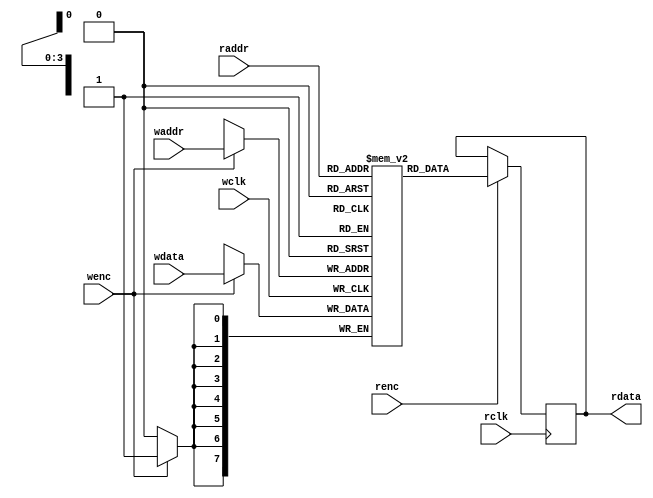
`timescale 1ns / 1ps

module dual_port_RAM #(
    parameter DEPTH = 16,
    parameter WIDTH = 8
)(
    input wclk,
    input wenc,
    input [$clog2(DEPTH)-1:0] waddr,
    input [WIDTH-1:0] wdata,
    input rclk,
    input renc,
    input [$clog2(DEPTH)-1:0] raddr,
    output reg [WIDTH-1:0] rdata
);

    // Memory array
    reg [WIDTH-1:0] RAM_MEM [0:DEPTH-1];

    // Handle write operation
    always @(posedge wclk) begin
        if (wenc) begin
            RAM_MEM[waddr] <= wdata;
        end
    end

    // Handle read operation
    always @(posedge rclk) begin
        if (renc) begin
            rdata <= RAM_MEM[raddr];
        end
    end

endmodule

module asyn_fifo #(
    parameter WIDTH = 8,
    parameter DEPTH = 16
)(
    input wclk,
    input rclk,
    input wrstn,
    input rrstn,
    input winc,
    input rinc,
    input [WIDTH-1:0] wdata,
    output wfull,
    output rempty,
    output [WIDTH-1:0] rdata
);

    // Internal signals
    reg [$clog2(DEPTH):0] wptr, rptr, wptr_gray, rptr_gray;
    wire [$clog2(DEPTH):0] wptr_gray_next, rptr_gray_next;
    reg [$clog2(DEPTH):0] rptr_gray_sync1, rptr_gray_sync2;
    reg [$clog2(DEPTH):0] wptr_gray_sync1, wptr_gray_sync2;

    // Dual-port RAM instance
    dual_port_RAM #(.DEPTH(DEPTH), .WIDTH(WIDTH)) RAM_inst (
        .wclk(wclk),
        .wenc(winc & ~wfull),
        .waddr(wptr[$clog2(DEPTH)-1:0]),
        .wdata(wdata),
        .rclk(rclk),
        .renc(rinc & ~rempty),
        .raddr(rptr[$clog2(DEPTH)-1:0]),
        .rdata(rdata)
    );

    // Generate Gray code from binary pointer
    function [$clog2(DEPTH):0] bin_to_gray(input [$clog2(DEPTH):0] bin);
        bin_to_gray = (bin >> 1) ^ bin;
    endfunction

    // Convert Gray code to binary
    function [$clog2(DEPTH):0] gray_to_bin(input [$clog2(DEPTH):0] gray);
        integer i;
        begin
            for (i = 0; i < $clog2(DEPTH); i = i + 1) begin
                if (i == 0)
                    gray_to_bin[i] = gray[i];
                else
                    gray_to_bin[i] = gray_to_bin[i-1] ^ gray[i];
            end
        end
    endfunction

    // Next gray code calculation
    assign wptr_gray_next = bin_to_gray(wptr + winc);
    assign rptr_gray_next = bin_to_gray(rptr + rinc);

    // Write pointer and Gray code update
    always @(posedge wclk or negedge wrstn) begin
        if (!wrstn) begin
            wptr <= 0;
            wptr_gray <= 0;
        end else if (winc && !wfull) begin
            wptr <= wptr + 1;
            wptr_gray <= wptr_gray_next;
        end
    end

    // Read pointer and Gray code update
    always @(posedge rclk or negedge rrstn) begin
        if (!rrstn) begin
            rptr <= 0;
            rptr_gray <= 0;
        end else if (rinc && !rempty) begin
            rptr <= rptr + 1;
            rptr_gray <= rptr_gray_next;
        end
    end

    // Synchronize the read pointer to the write clock domain
    always @(posedge wclk or negedge wrstn) begin
        if (!wrstn) begin
            rptr_gray_sync1 <= 0;
            rptr_gray_sync2 <= 0;
        end else begin
            rptr_gray_sync1 <= rptr_gray;
            rptr_gray_sync2 <= rptr_gray_sync1;
        end
    end

    // Synchronize the write pointer to the read clock domain
    always @(posedge rclk or negedge rrstn) begin
        if (!rrstn) begin
            wptr_gray_sync1 <= 0;
            wptr_gray_sync2 <= 0;
        end else begin
            wptr_gray_sync1 <= wptr_gray;
            wptr_gray_sync2 <= wptr_gray_sync1;
        end
    end

    // Full flag generation
    wire full_cond = (wptr_gray_next[$clog2(DEPTH)] != rptr_gray_sync2[$clog2(DEPTH)] &&
                      wptr_gray_next[$clog2(DEPTH)-1] != rptr_gray_sync2[$clog2(DEPTH)-1] &&
                      wptr_gray_next[$clog2(DEPTH)-2:0] == rptr_gray_sync2[$clog2(DEPTH)-2:0]);

    assign wfull = full_cond;

    // Empty flag generation
    wire empty_cond = (wptr_gray_sync2 == rptr_gray);

    assign rempty = empty_cond;

endmodule